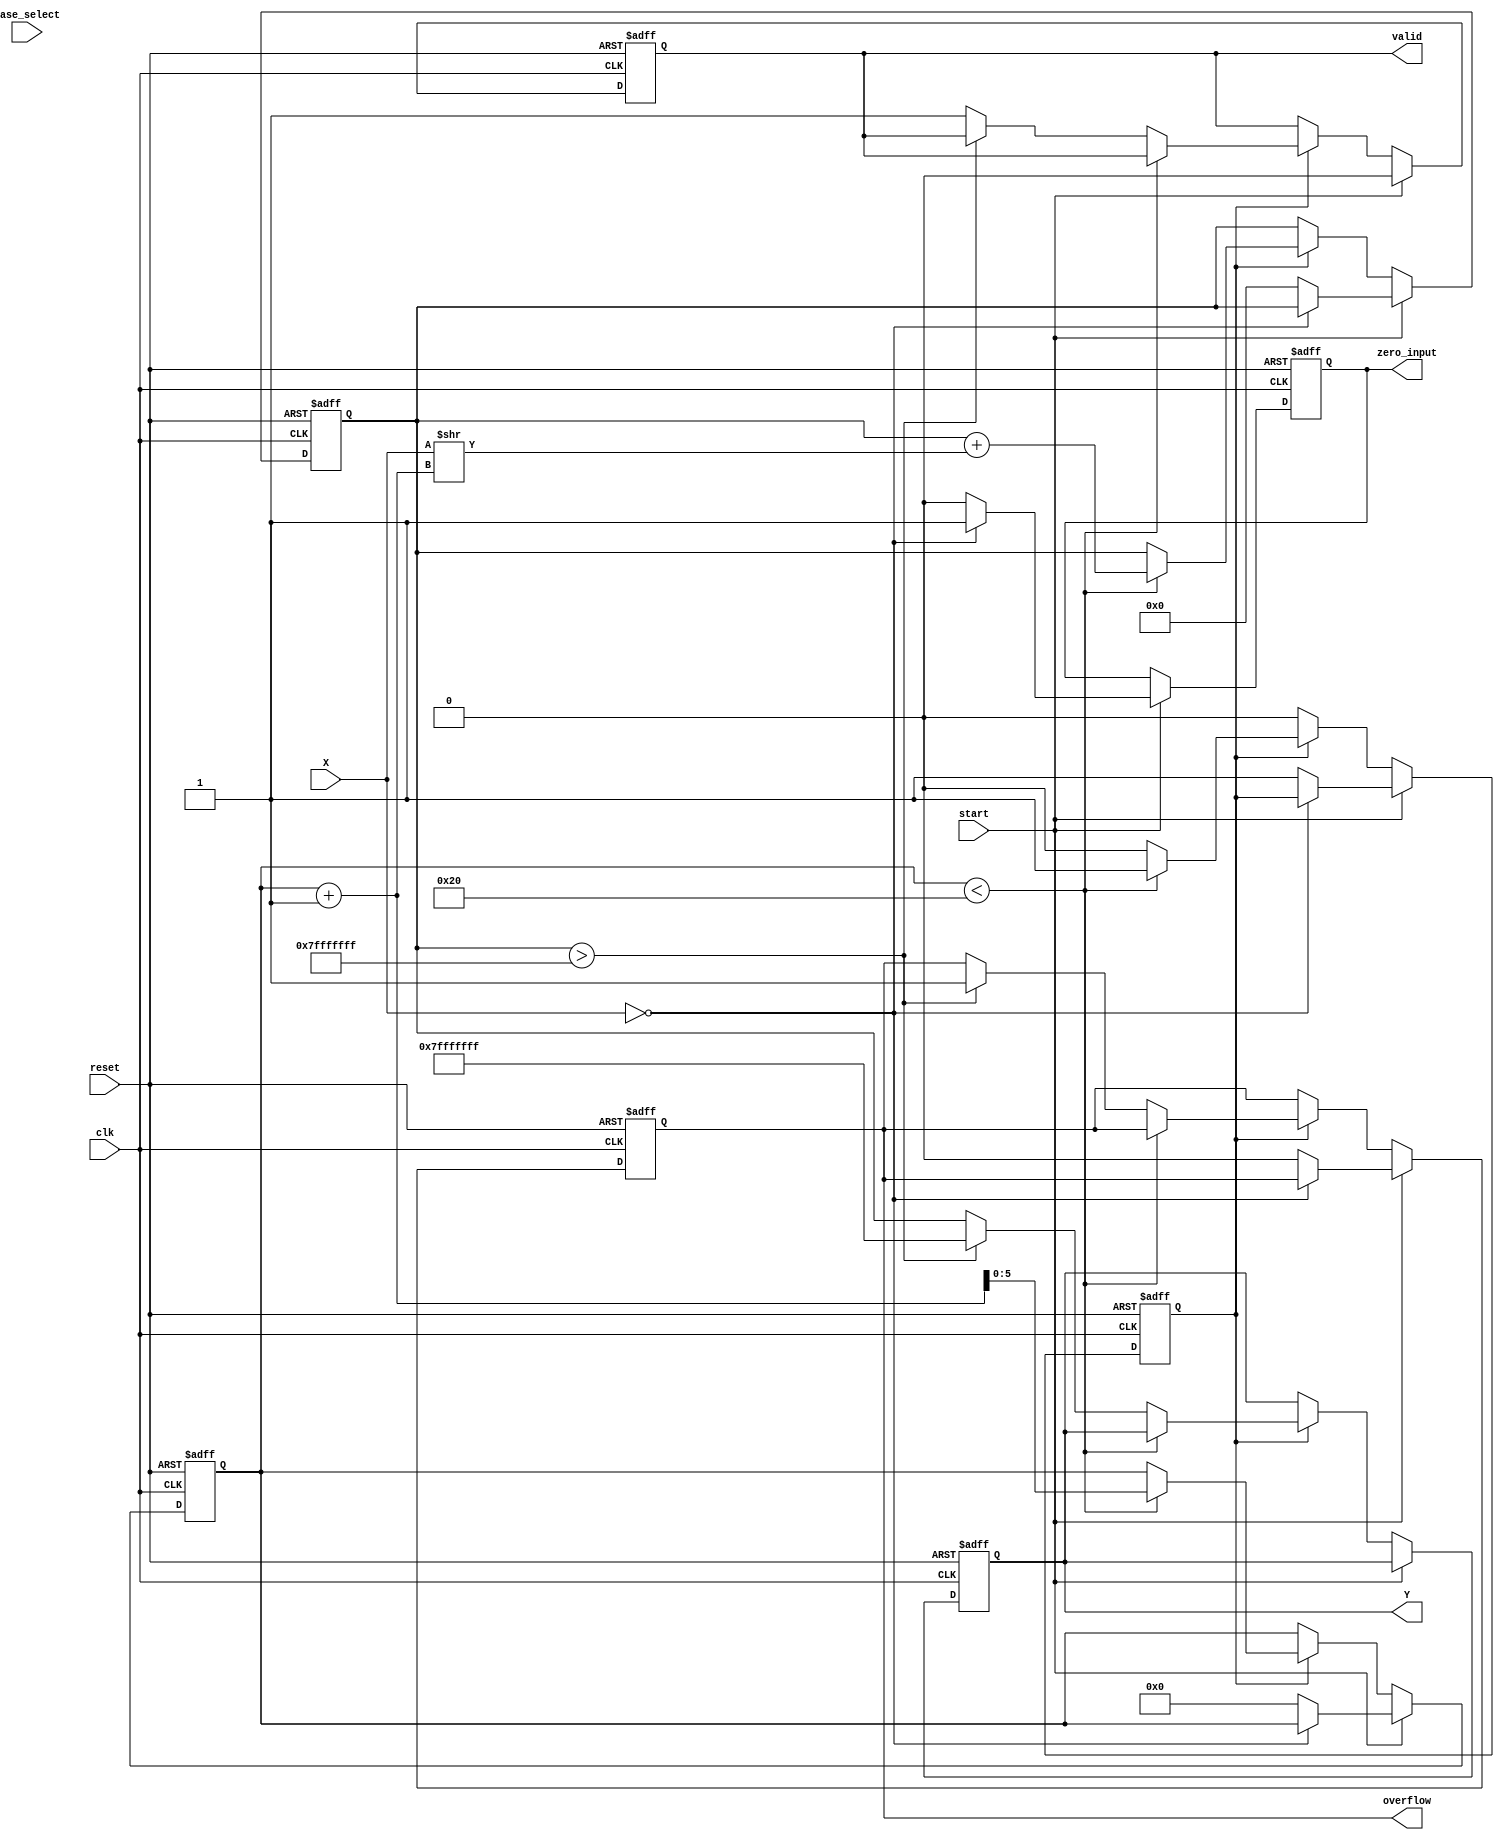
module LogarithmFunctionGenerator (
    input wire [31:0] X,              // Input Value (Fixed-point)
    input wire [1:0] base_select,     // Control Signals to select base 2 or 10
    input wire start,                  // Start computation signal
    input wire clk,                    // Clock
    input wire reset,                  // Reset signal
    output reg [31:0] Y,               // Logarithm Output (Fixed-point)
    output reg valid,                  // Indication of valid output
    output reg zero_input,             // Indicates input was zero
    output reg overflow                 // Indicates overflow condition
);

// Internal Signals
reg [31:0] approximation;             // Intermediate approximation value
reg [5:0] iteration_count;            // Counter for iterations
reg computing;                        // Indicates if computing is in progress

// Logarithm Calculation Block
always @(posedge clk or posedge reset) begin
    if (reset) begin
        Y <= 32'b0;
        valid <= 1'b0;
        zero_input <= 1'b0;
        overflow <= 1'b0;
        computing <= 1'b0;
        approximation <= 32'b0;
        iteration_count <= 6'b0;
    end else if (start) begin
        if (X == 32'b0) begin
            zero_input <= 1'b1;       // Handle zero input
            valid <= 1'b0;
        end else begin
            zero_input <= 1'b0;        // Reset zero input flag
            approximation <= 32'b0;    // Initial approximation
            iteration_count <= 6'b0;   // Reset iteration count
            computing <= 1'b1;         // Start computation
            valid <= 1'b0;             // Not valid until computation is done
            overflow <= 1'b0;          // Reset overflow flag
        end
    end else if (computing) begin
        // Example iterative computation for log base 2: using a simple loop approximation
        if (iteration_count < 32) begin
            approximation <= approximation + (X >> (iteration_count + 1)); // Approximation update
            iteration_count <= iteration_count + 1;
        end else begin
            // Finished computing, check for overflow (if approximation exceeds limits)
            if (approximation > 32'h7FFFFFFF) begin
                overflow <= 1'b1; // Overflow case
                Y <= 32'h7FFFFFFF; // Set output to max for overflow
            end else begin
                Y <= approximation; // Output the logarithmic value
                valid <= 1'b1; // Indicate output is valid
            end
            computing <= 1'b0; // End of computation
        end
    end
end

endmodule